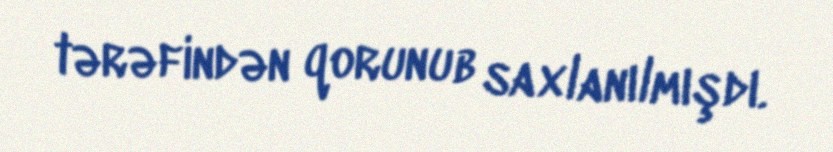
tərəfindən qorunub saxlanılmışdı.